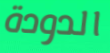
الدودة